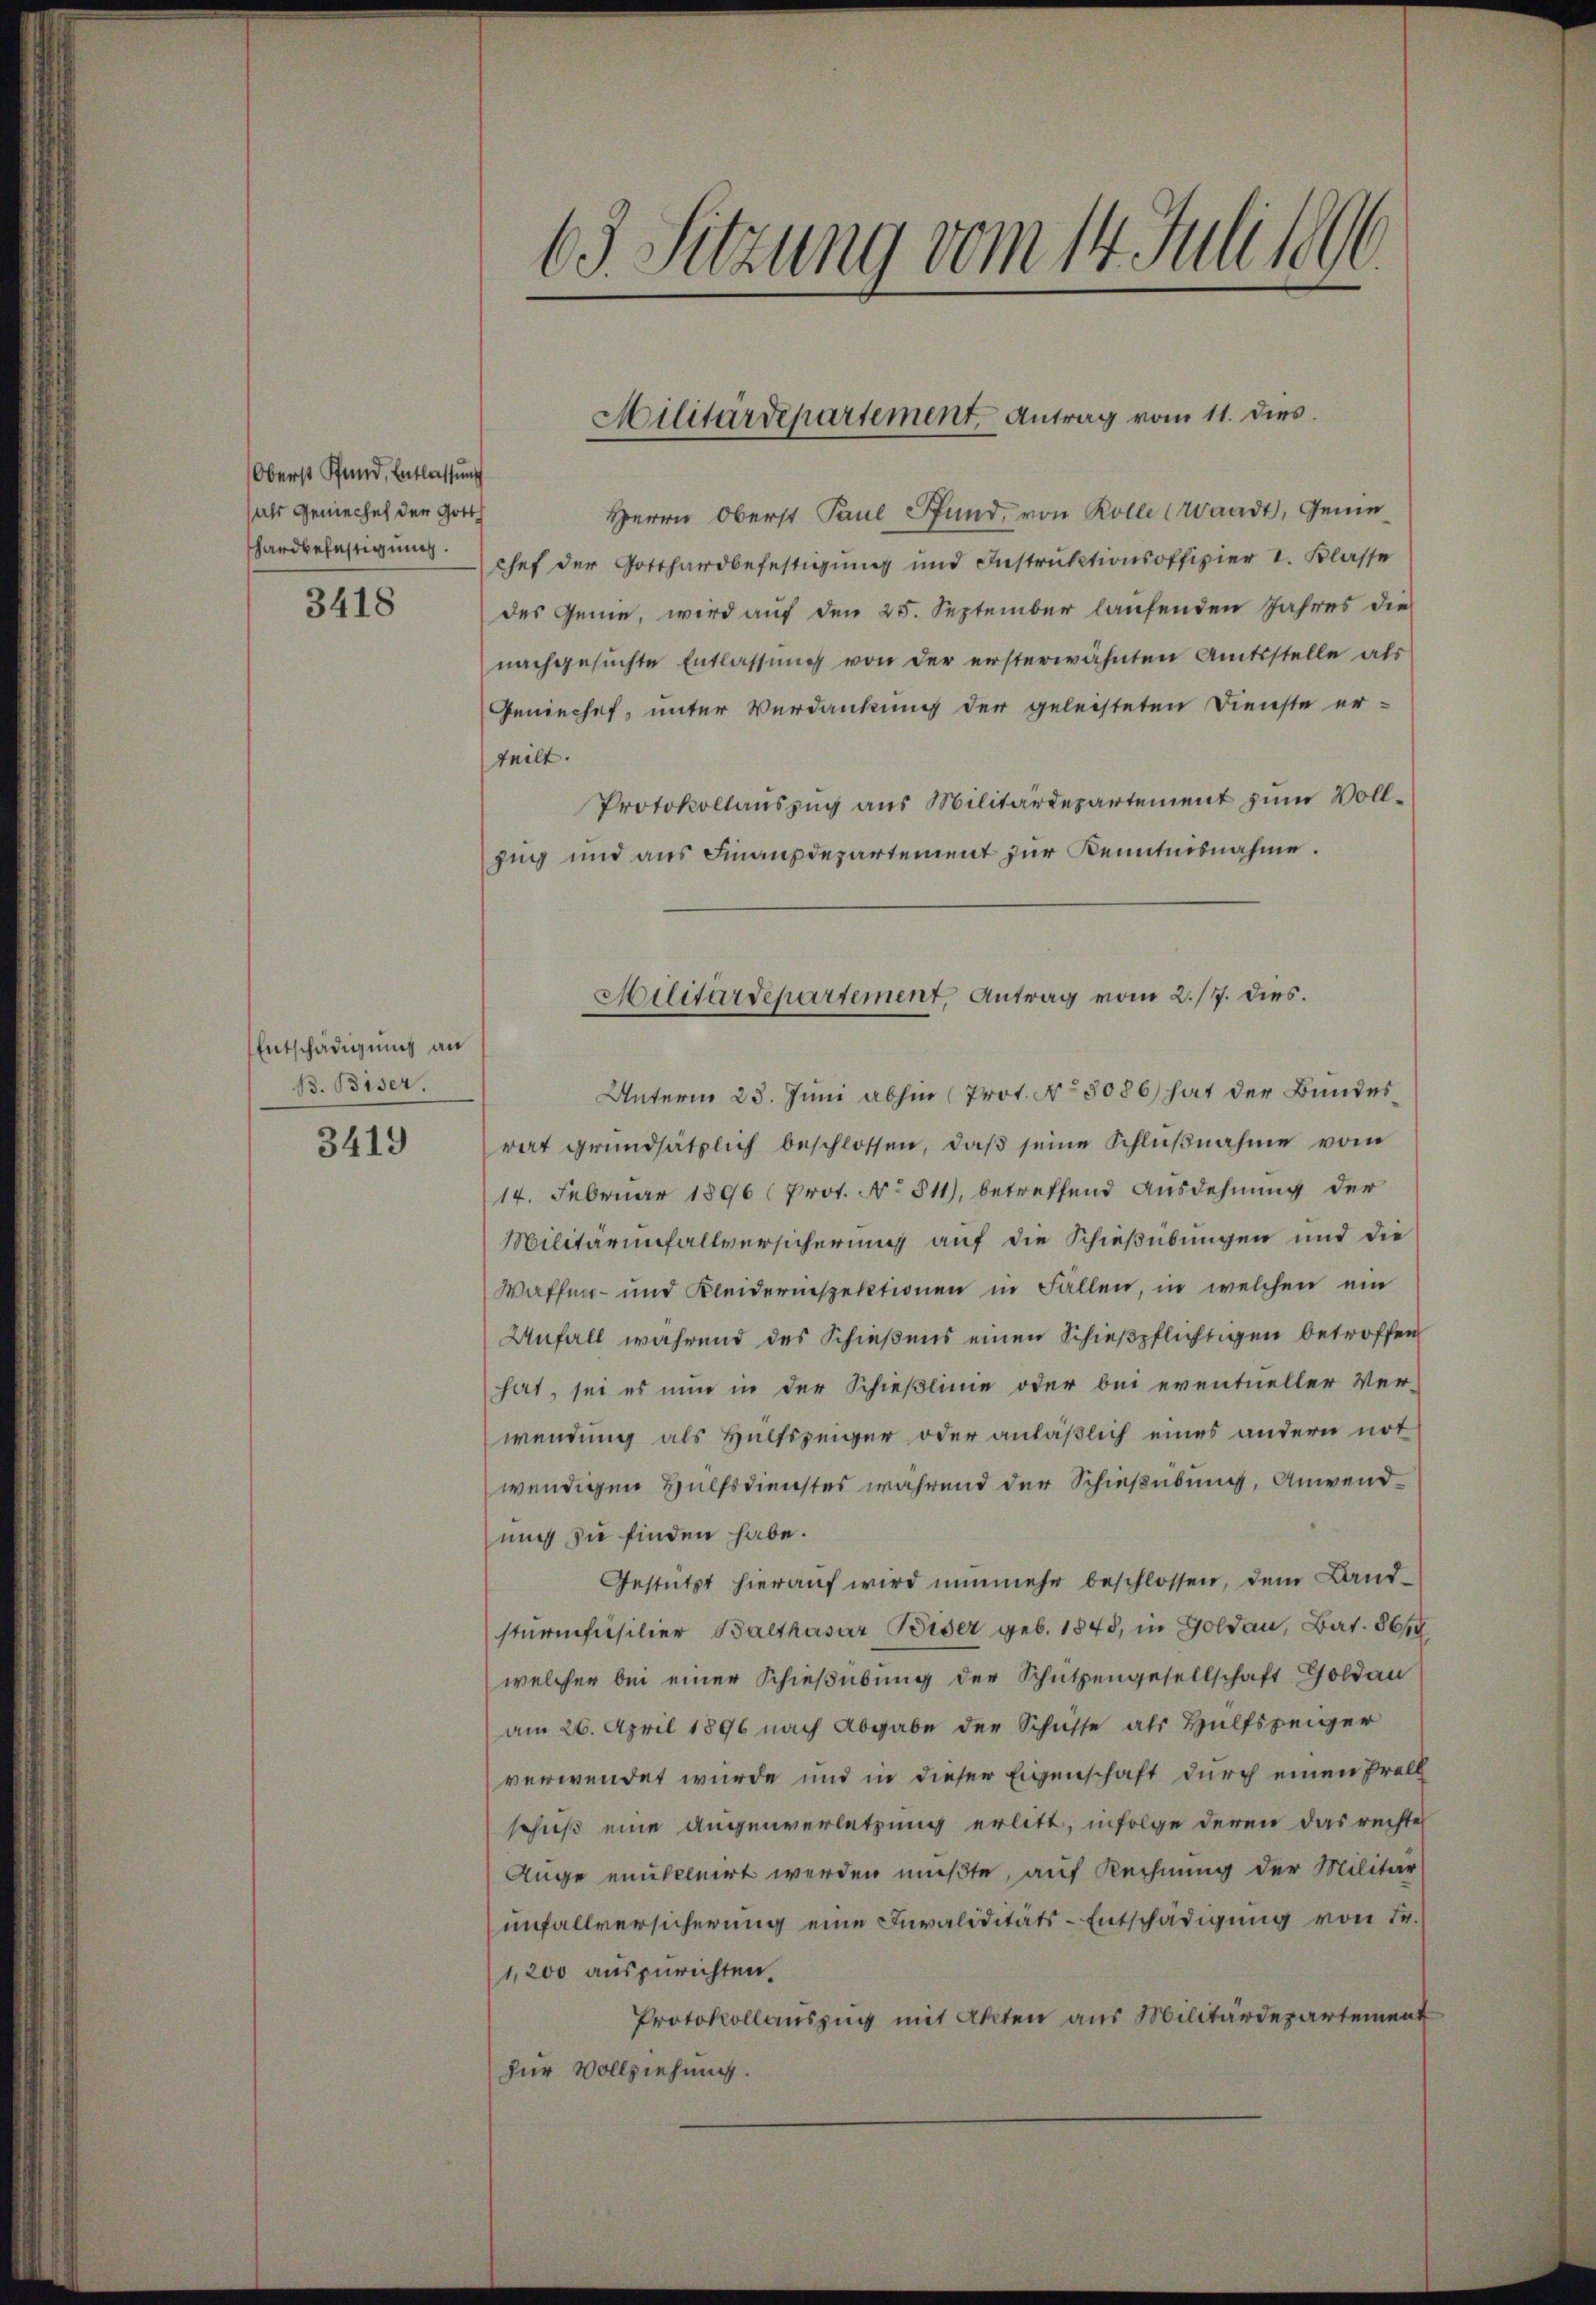
Oberst Pfand, Entlassung
(als Geniechef der Gotth
hardbefestigung.

3418

Entschädigung an
B. Biser.

3419

63. Sitzung vom 14. Juli 1890

Militärdepartement Antrag vom 11. dies

Herrn Oberst Paul Pfund, von Rolle (Waadt, Genechef der Gotthardbefestigung und Instruktionsoffizier I. Klasse
des Geme, wird auf den 25. September laufenden Jahres die
nachgesuchte Entlassung von der ersterwähnten Amtsstelle als
Geniechef, unter Verdankung der geleisteten Dienste er-
teilt.
Protokollauszug aus Militärdepartement zum Vollzug und aus Finanzdepartement zur Kenntnisnahme.

Militärdepartement, Antrag vom 2./7. dies

Unterm 23. Juni abhin (Prot. No 8086) hat der Bundesrat grundsätzlich beschlossen, daß seine Schlußnahme vom
14. Februar 1896 (Prot. No 511), betreffend Ausdehnung der
Militärinfallversicherung auf die Schießübungen und die
Waffen- und Kleiderinspektionen in Fällen, in welchen ein
Unfall während des Schießens einen Schießpflichtigen betroffen
hat, sei es nun in der Schießlinie oder bei eventueller Ver-
wendung als Hülfszeiger oder anläßlich eines andern not
wendigen Hülfsdienstes während der Schießübung, Anwendnic zu finden habe.
Gestützt hieraŭf wird nunmehr beschlossen, dem Landsturmfüsilier Balthasar Beider geb. 1845, in Goldau, Bat. 86
welcher bei einer Schießübung der Schützengesellschaft Goldau
am 26. April 1896 nach Abgabe der Schüsse als Hülfspeiger
verwendet wurde und in dieser Eigenschaft durch einen Prell
schuß eine Augenverletzung erlitt, infolge deren das rechte
Auge entkluirt werden mußte, auf Rechnung der Militär
unfallversicherung eine Invaliditäts-Entschädigung von Fr.
1,200 auszurichten.
Protokollauszug mit Akten aus Militärdepartement
für Vollziehung.